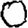
Digit: 0